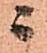
ニ